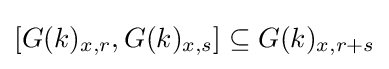
[G(k)_{x,r},G(k)_{x,s}]\subseteq G(k)_{x,r+s}